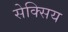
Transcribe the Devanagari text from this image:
सेक्सिय